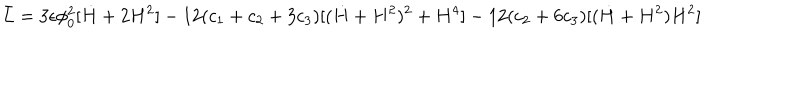
\bar { L } = 3 \epsilon \phi _ { 0 } ^ { 2 } [ \dot { H } + 2 H ^ { 2 } ] - 1 2 ( c _ { 1 } + c _ { 2 } + 3 c _ { 3 } ) [ ( \dot { H } + H ^ { 2 } ) ^ { 2 } + H ^ { 4 } ] - 1 2 ( c _ { 2 } + 6 c _ { 3 } ) [ ( \dot { H } + H ^ { 2 } ) H ^ { 2 } ]